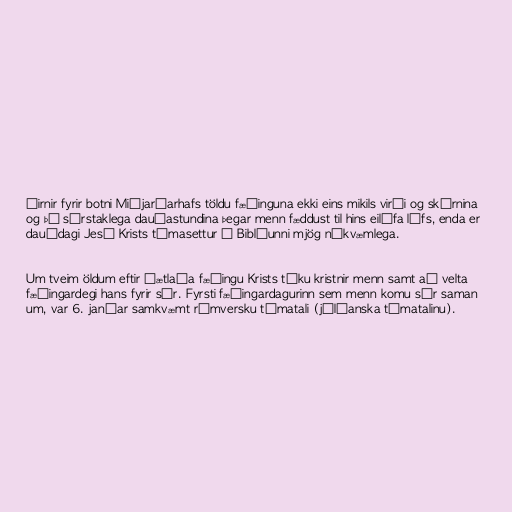
ðirnir fyrir botni Miðjarðarhafs töldu fæðinguna ekki eins mikils virði og skírnina
og þó sérstaklega dauðastundina þegar menn fæddust til hins eilífa lífs, enda er
dauðdagi Jesú Krists tímasettur í Biblíunni mjög nákvæmlega.

Um tveim öldum eftir áætlaða fæðingu Krists tóku kristnir menn samt að velta
fæðingardegi hans fyrir sér. Fyrsti fæðingardagurinn sem menn komu sér saman
um, var 6. janúar samkvæmt rómversku tímatali (júlíanska tímatalinu).